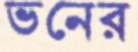
ভনের